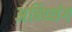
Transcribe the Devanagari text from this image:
अन्य्थिंग